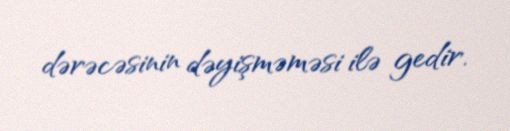
dərəcəsinin dəyişməməsi ilə gedir.